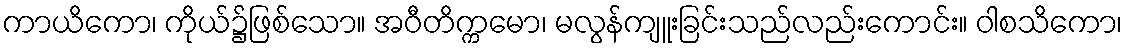
ကာယိကော၊ ကိုယ်၌ဖြစ်သော။ အဝီတိက္ကမော၊ မလွန်ကျူးခြင်းသည်လည်းကောင်း။ ဝါစသိကော၊